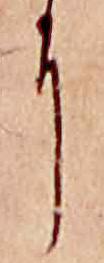
に